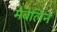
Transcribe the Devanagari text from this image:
मेबेलिन